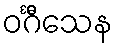
ဝင်္ဂီသေန